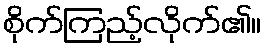
စိုက်ကြည့်လိုက်၏။